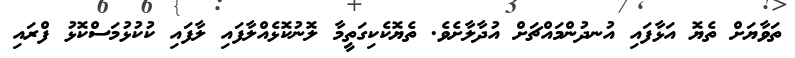
ތަވާޔަށް ތެޔޮ އަޅާފައި އުނދުންމައްޗަށް އުދާލާށެވެ. ތެޔޮކެކިގަތީމާ ލޮނުކޮޅެއްލާފައި ލާފައި ކުކުޅުމަސްކޮޅު ފްރައި